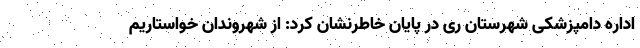
اداره دامپزشکی شهرستان ری در پایان خاطرنشان کرد: از شهروندان خواستاریم